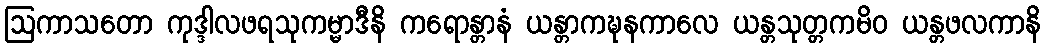
ဩကာသတော ကုဒ္ဒါလဖရသုကမ္မာဒီနိ ကရောန္တာနံ ယန္တာကဍ္ဎနကာလေ ယန္တသုတ္တကမိဝ ယန္တဖလကာနိ